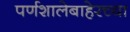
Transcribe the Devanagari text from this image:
पर्णशालेबाहेरच्या